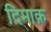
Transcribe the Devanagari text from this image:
दिमाक़